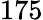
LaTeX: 175